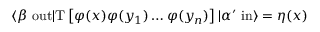
\langle \beta \ \mathrm { o u t } | \mathrm { T } \left[ \varphi ( x ) \varphi ( y _ { 1 } ) \ldots \varphi ( y _ { n } ) \right] | \alpha ^ { \prime } \ \mathrm { i n } \rangle = \eta ( x )